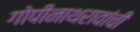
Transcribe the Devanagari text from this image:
गोपीनाथरावांची